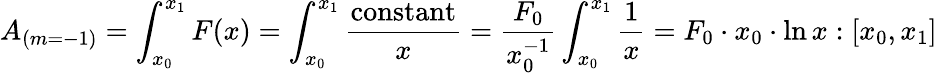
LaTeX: A_{(m=-1)}=\int_{x_{0}}^{x_{1}}F(x)=\int_{x_{0}}^{x_{1}}{\frac{\mathrm{constant}}{x}}={\frac{F_{0}}{x_{0}^{-1}}}\int_{x_{0}}^{x_{1}}{\frac{1}{x}}=F_{0}\cdot x_{0}\cdot\ln x:[x_{0},x_{1}]